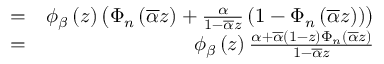
\begin{array} { r l r } & { = } & { \phi _ { \beta } \left( z \right) \left( \Phi _ { n } \left( \overline { { \alpha } } z \right) + \frac { \alpha } { 1 - \overline { { \alpha } } z } \left( 1 - \Phi _ { n } \left( \overline { { \alpha } } z \right) \right) \right) } \\ & { = } & { \phi _ { \beta } \left( z \right) \frac { \alpha + \overline { { \alpha } } \left( 1 - z \right) \Phi _ { n } \left( \overline { { \alpha } } z \right) } { 1 - \overline { { \alpha } } z } } \end{array}